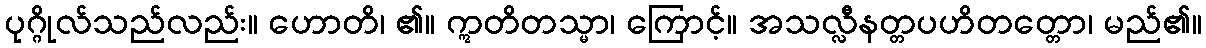
ပုဂ္ဂိုလ်သည်လည်း။ ဟောတိ၊ ၏။ ဣတိတသ္မာ၊ ကြောင့်။ အသလ္လီနတ္တပဟိတတ္တော၊ မည်၏။